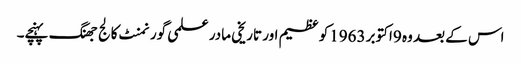
اس کے بعد وہ 9اکتوبر 1963کو عظیم اور تاریخی مادر علمی گورنمنٹ کالج جھنگ پہنچے۔